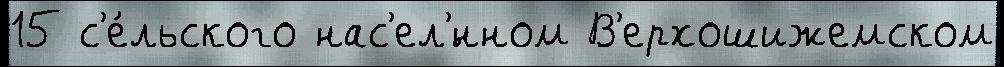
15 с'е́льского нас'ел'́нном В'ерхошижемском